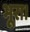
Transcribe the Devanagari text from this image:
भूरा।